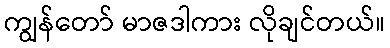
ကျွန်တော် မာဇဒါကား လိုချင်တယ်။